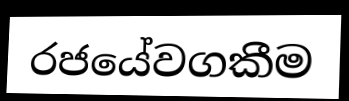
රජයේවගකීම